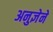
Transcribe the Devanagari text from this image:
अनुज्ञेने